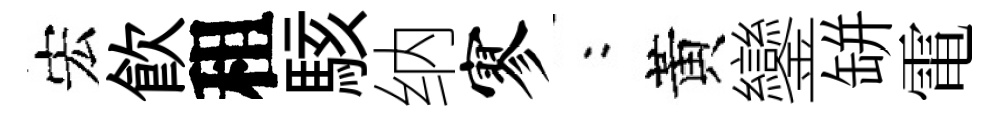
宏飮租駭纳寥欸黃鑾缾電